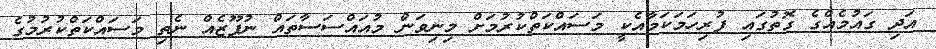
އަދި ގައުމެއްގެ ގޮތުގައި ފުރިހަމަކަމާއެކީ މަސައްކަތްކުރުމަށް މިނިވަން މުއައްސަސާތައް ނުފޫޒެއް ނެތި މަސައްކަތްކުރުމުގެ